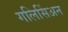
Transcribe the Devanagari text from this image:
गलिसिंअन